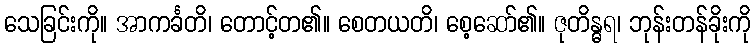
သေခြင်းကို။ အာကင်္ခတိ၊ တောင့်တ၏။ စေတယတိ၊ စေ့ဆော်၏။ ဇုတိန္ဓရ၊ ဘုန်းတန်ခိုးကို